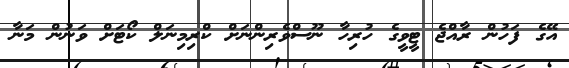
އޭގެ ފަހުން ރާއްޖެ ޓީވީގެ ހުރިހާ ނޫސްވެރިންނަށް ކްރިމިނަލް ކޯޓަށް ވަނުން މަނާ